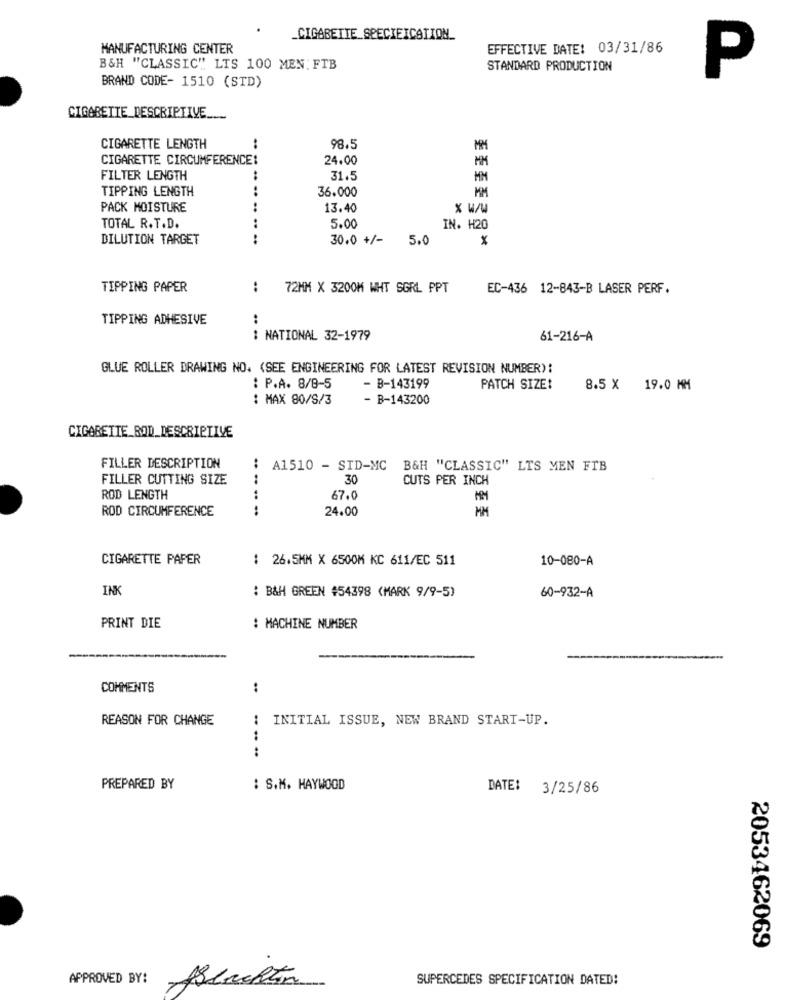
_CIGARETTE SPECIEICATION_
MANUFACTURING CENTER
EFFECTIVE DATE: 03/31/86
B&H "CLASSIC" LIS 100 MEN: FTB
STANDARD PRODUCTION
P
BRAND CODE- 1510 (STD)
CIGARETTE DESCRIPTIVE ....
CIGARETTE LENGTH
98.5
CIGARETTE CIRCUMFERENCE:
24.00
MM
FILTER LENGTH
31.5
MM
TIPPING LENGTH
36.000
MM
PACK MOISTURE
.. .. ..
13.40
x w/w
TOTAL R.T.D.
5.00
IN. H20
DILUTION TARGET
..
30.0 +/-
5.0
TIPPING PAPER
:
72MM X 3200M WHT SGRL PPT
EC-436 12-843-B LASER PERF.
TIPPING ADHESIVE
:
: NATIONAL 32-1979
61-216-A
GLUE ROLLER DRAWING NO. (SEE ENGINEERING FOR LATEST REVISION NUMBER)!
: P.A. 8/8-5
- B-143199
PATCH SIZE!
8.5 X 19.0 MM
: MAX 80/S/3
- B-143200
CIGARETTE BOD_DESCRIPTIVE
FILLER DESCRIPTION
: A1510 - STD-MC
B&H "CLASSIC" LTS MEN FTB
FILLER CUTTING SIZE
.. ..
30
CUTS PER INCH
ROD LENGTH
67.0
MM
ROD CIRCUMFERENCE
.. ..
24.00
MM
CIGARETTE PAPER
: 26.5MM X 6500M KC 611/EC 511
10-080-A
INK
: B&H GREEN #54398 (MARK 9/9-5)
60-932-A
PRINT DIE
: MACHINE NUMBER
COMMENTS
..
REASON FOR CHANGE
INITIAL ISSUE, NEW BRAND START-UP.
.....
PREPARED BY
: S.M. HAYWOOD
DATE: 3/25/86
2053462069
APPROVED BY:
ABeachten
SUPERCEDES SPECIFICATION DATED!